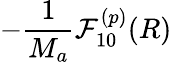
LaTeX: -\frac{1}{M_{a}}\mathcal{F}_{10}^{(p)}(R)